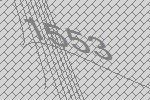
1553